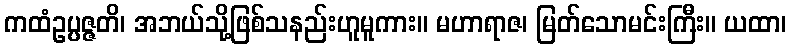
ကထံဥပ္ပဇ္ဇတိ၊ အဘယ်သို့ဖြစ်သနည်းဟူမူကား။ မဟာရာဇ၊ မြတ်သောမင်းကြီး။ ယထာ၊